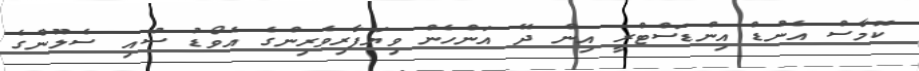
ކޮމާސް އެންޑް އިންޑަސްޓްރީ އިން ދޭ އަންހެން ވިޔަފާރިވެރިންގެ އެވޯޑު ސުއި ސެލޫންގެ